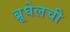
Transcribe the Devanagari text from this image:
ब्रूघेलची